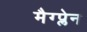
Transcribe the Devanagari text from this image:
मैग्प्लेन